Malarial fevers
Disease focus: Malaria
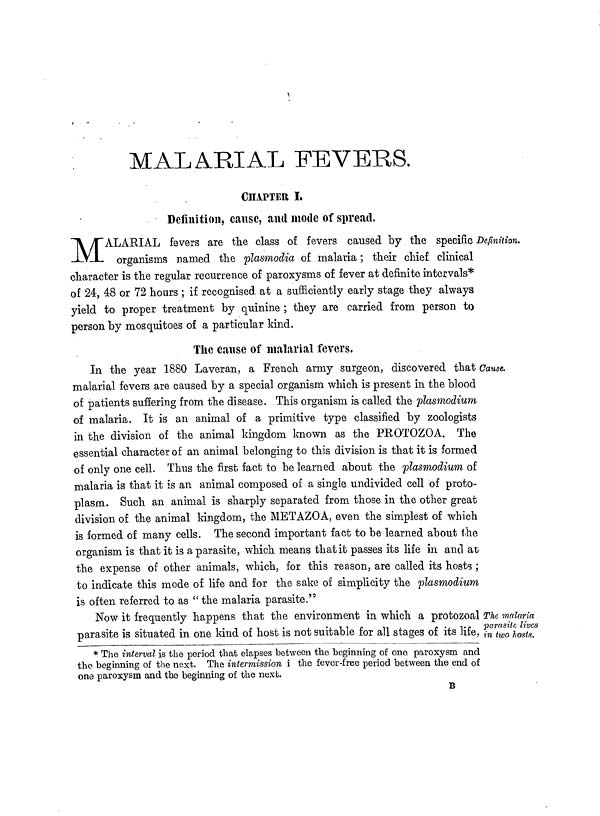
MALARIAL FEVERS.
CHAPTER I.
Definition, cause, and mode of spread.
M ALARIAL fevers are the class of fevers caused by the specific Definition.
organisms named the plasmodia of malaria; their chief clinical
character is the regular recurrence of paroxysms of fever at definite intervals*
of 24, 48 or 72 hours ; if recognised at a sufficiently early stage they always
yield to proper treatment by quinine ; they are carried from person to
person by mosquitoes of a particular kind.
The cause of malarial fevers,
In the year 1880 Laveran, a French army surgeon, discovered that Cause.
malarial fevers are caused by a special organism which is present in the blood
of patients suffering from the disease. This organism is called the plasmodium
of malaria. It is an animal of a primitive type classified by zoologists
in the division of the animal kingdom known as the PROTOZOA. The
essential character of an animal belonging to this division is that it is formed
of only one cell. Thus the first fact to be learned about the plasmodium of
malaria is that it is an animal composed of a single undivided cell of proto-
plasm. Such an animal is sharply separated from those in the other great
division of the animal kingdom, the METAZOA, even the simplest of which
is formed of many cells. The second important fact to be learned about the
organism is that it is a parasite, which means that it passes its life in and at
the expense of other animals, which, for this reason, are called its hosts ;
to indicate this mode of life and for the sake of simplicity the plasmodium
is often referred to as "the malaria parasite."
The malaria
parasite lives
in two hosts.
Now it frequently happens that the environment in which a protozoal
parasite is situated in one kind of host is not suitable for all stages of its life,
* The interval is the period that elapses between the beginning of one paroxysm and
the beginning of the next. The intermission i the fever-free period between the end of
one paroxysm and the beginning of the next.
B